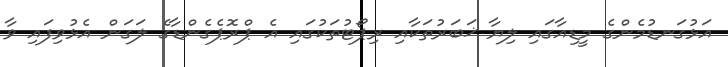
އަޅުގަނޑުމެންގެ މީޑިއާގައި ލިޔާ ޚަބަރުތަކާއި ރިޕޯޓުތަކުގައި އެ ޕްރޮޕެގެންޑާގެ ލަގަން އެޅުވިފައި ވާ